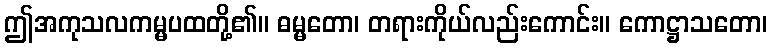
ဤအကုသလကမ္မပထတို့၏။ ဓမ္မတော၊ တရားကိုယ်လည်းကောင်း။ ကောဋ္ဌာသတော၊